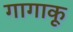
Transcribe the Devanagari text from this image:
गागाकू